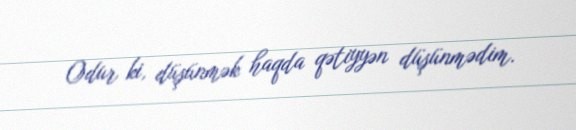
Odur ki, düşünmək haqda qətiyyən düşünmədim.